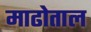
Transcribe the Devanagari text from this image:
माढोताल